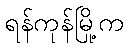
ရန်ကုန်မြို့က